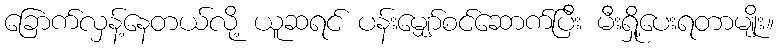
ခြောက်လှန့်နေတယ်လို့ ယူဆရင် ပန်းမျှော်စင်ဆောက်ပြီး မီးရှို့ပေးရတာမျိုး။